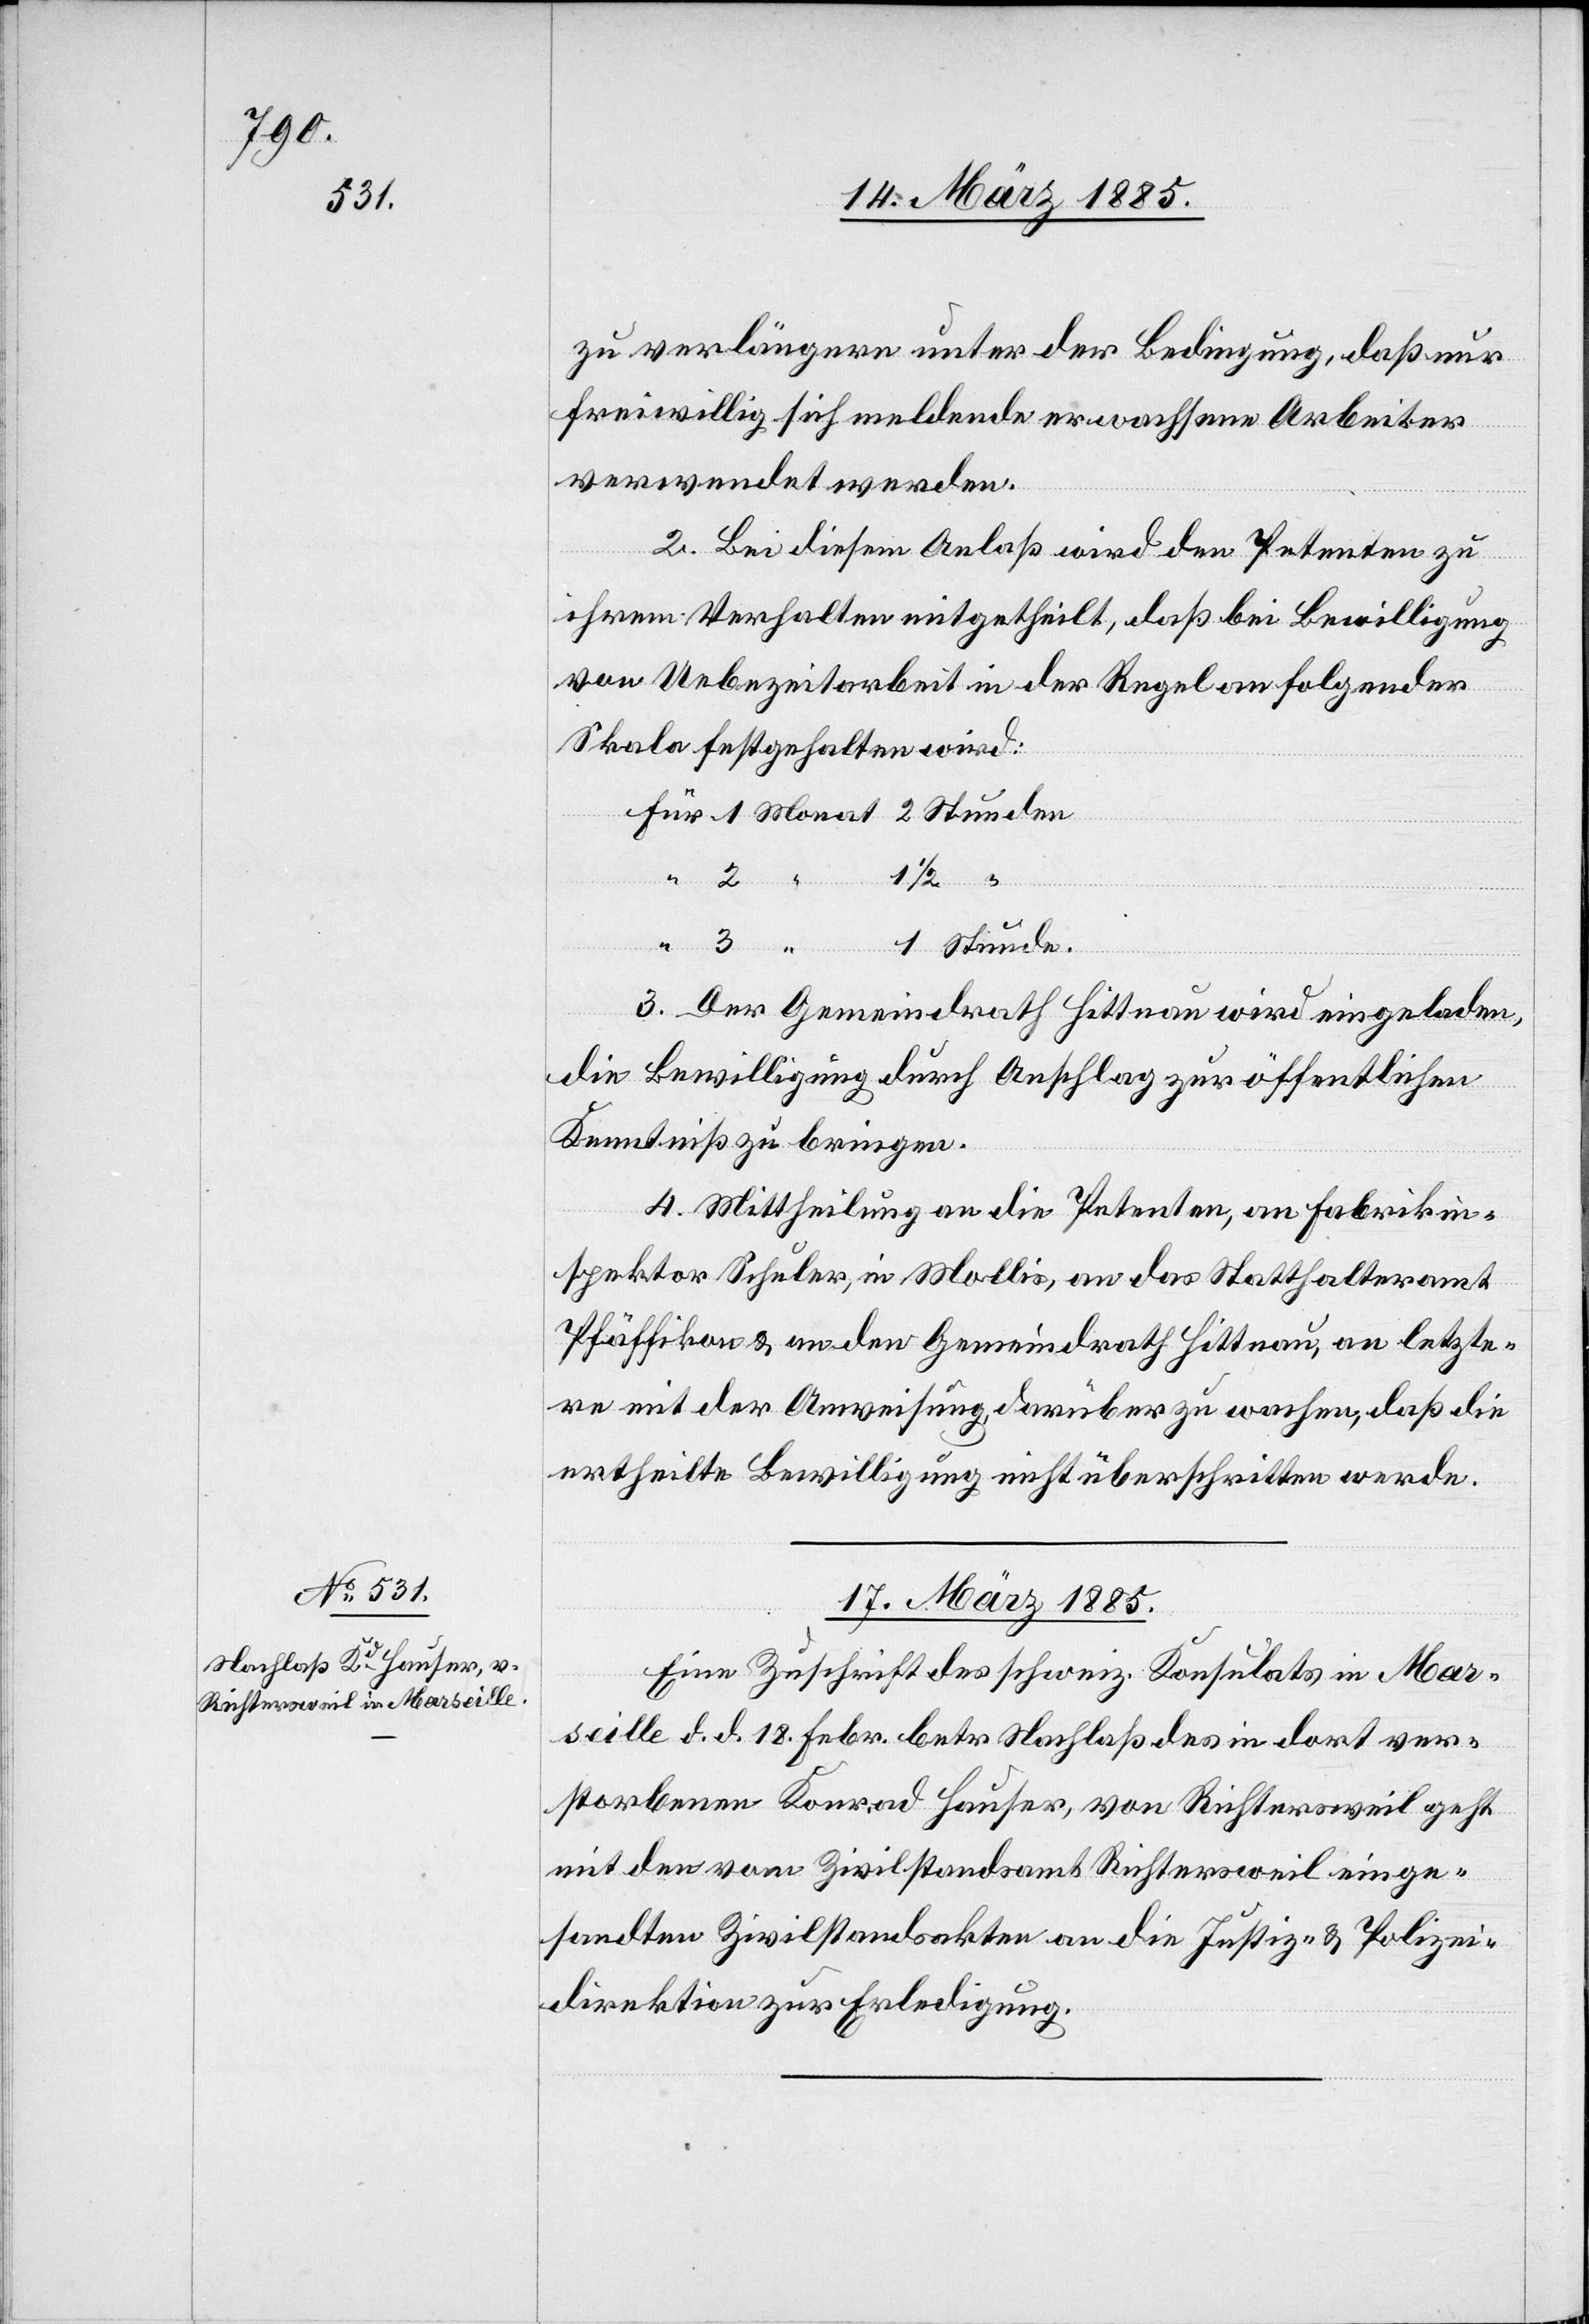
zu verlängern unter der Bedingung, daß nur
freiwillig sich meldende erwachsene Arbeiter
verwendet werden.
2. Bei diesem Anlaß wird den Petenten zu
ihrem Verhalten mitgetheilt, daß bei Bewilligung
von Ueberzeitarbeit in der Regel an folgender
Skala festgehalten wird:
1
Stunde.
3. Der Gemeindrath Hittnau wird eingeladen,
die Bewilligung durch Anschlag zur öffentlichen
Kenntniß zu bringen.
4. Mittheilung an die Petenten, an Fabrikin¬
spektor Schuler, in Mollis, an das Statthalteramt
Pfäffikon & an den Gemeindrath Hittnau, an letzte¬
re mit der Anweisung, darüber zu wachen, daß die
ertheilte Bewilligung nicht überschritten werde.
17. März 1885.
Eine Zuschrift des schweiz. Konsuls in Mars¬
eille d. d. 18. Febr. betr. Nachlaß des in dort ver¬
storbenen Konrad Hauser, von Richtersweil geht
mit den vom Zivilstandsamt Richtersweil einge¬
sandten Zivilstandsakten an die Justiz- & Polizei¬
direktion zur Erledigung.

für